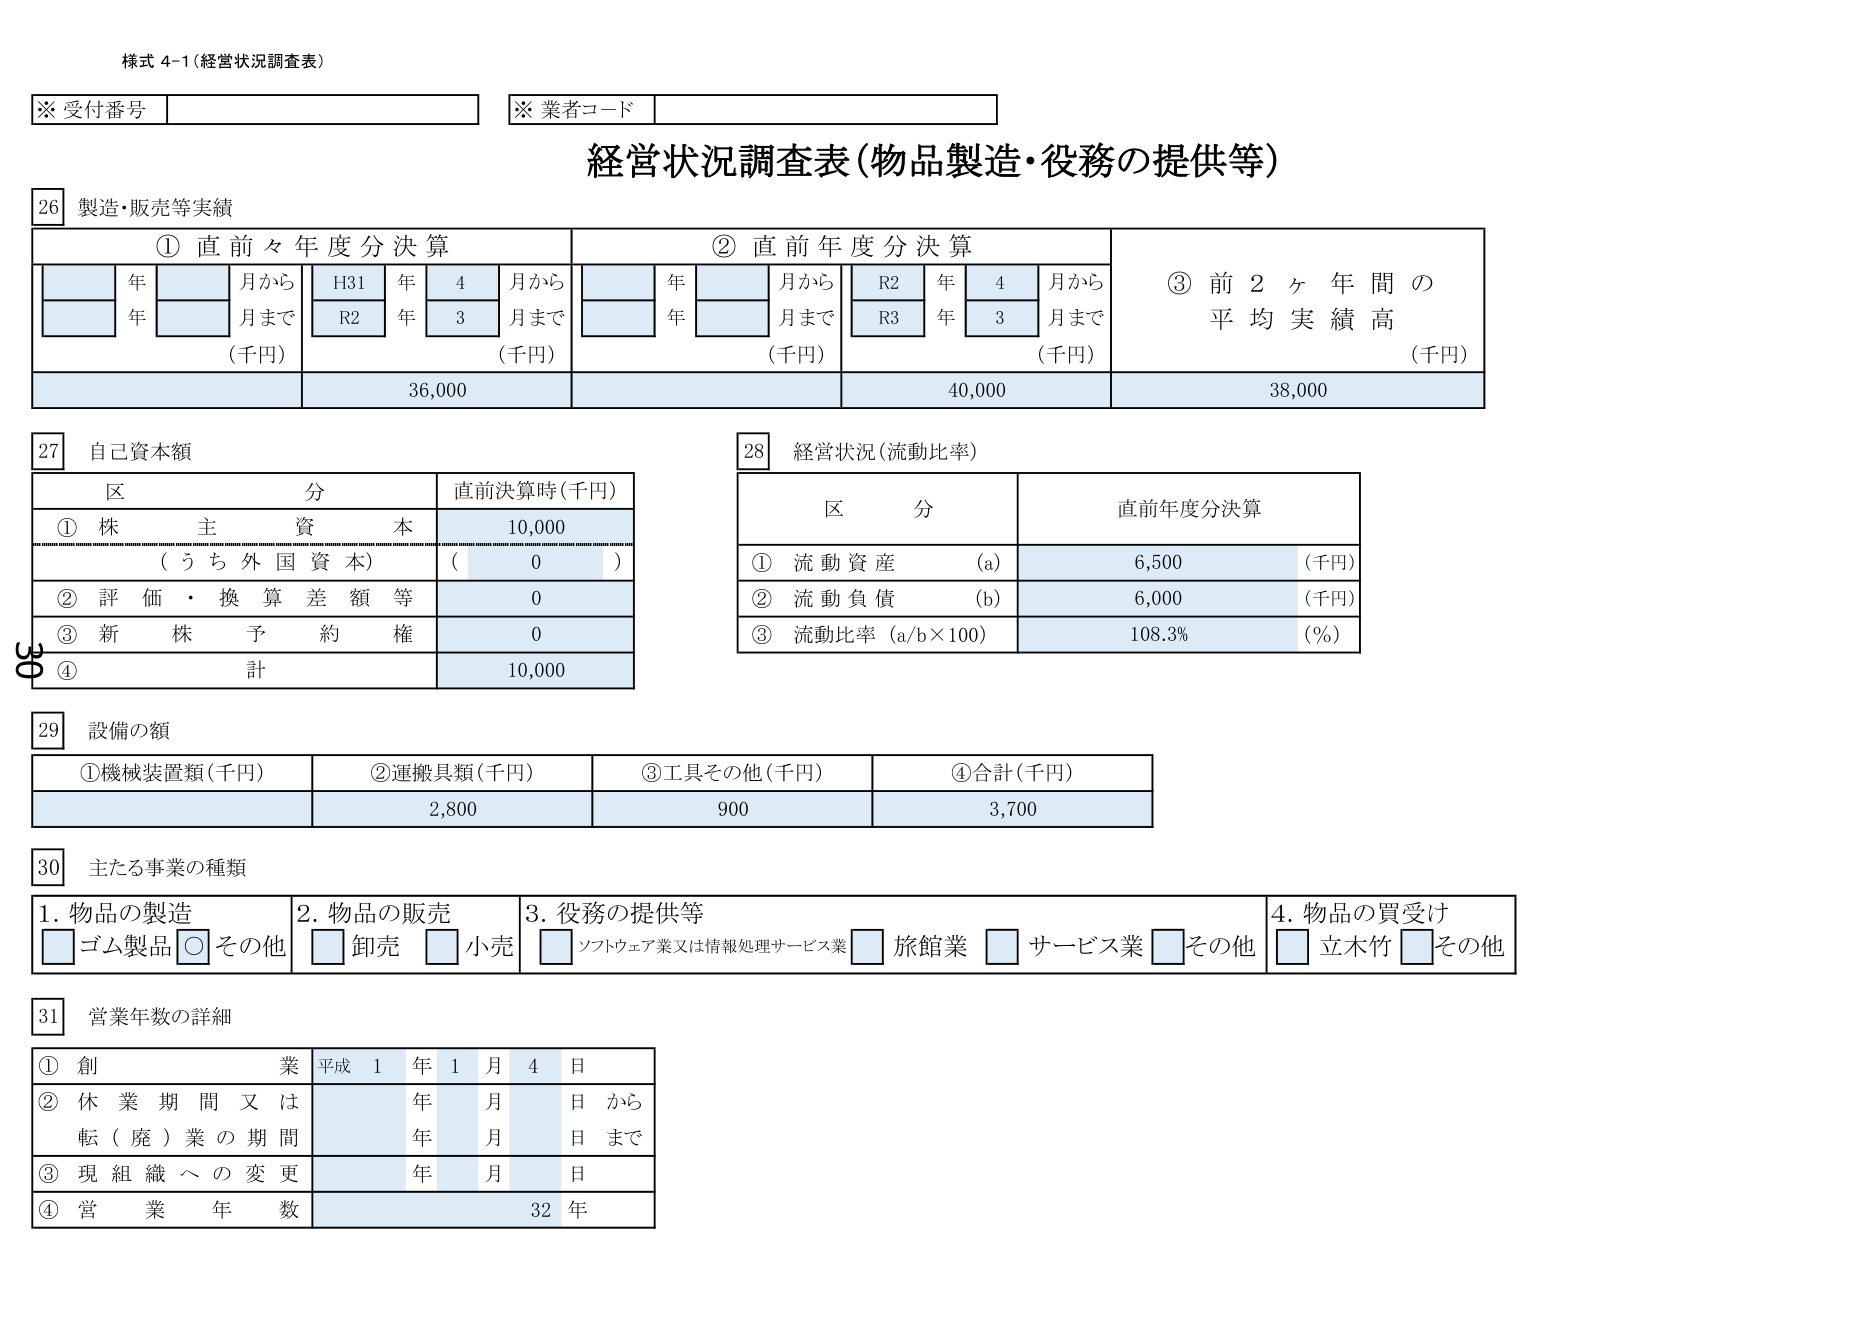
様式 4-1（経営状況調査表）

※ 受付番号
※ 業者コード

経営状況調査表（物品製造・役務の提供等）

26 製造・販売等実績

① 直前々年度分決算
年 月から H31 年 4 月から
年 月まで R2 年 3 月まで
（千円） 36,000

② 直前年度分決算
年 月から R2 年 4 月から
年 月まで R3 年 3 月まで
（千円） 40,000

③ 前2ヶ年間の平均実績高
（千円） 38,000

27 自己資本額

区分 直前決算時（千円）
① 株主資本 10,000
（うち外国資本） （ 0 ）
② 評価・換算差額等 0
③ 新株予約権 0
④ 計 10,000

28 経営状況（流動比率）

区分 直前年度分決算
① 流動資産 （a） 6,500 （千円）
② 流動負債 （b） 6,000 （千円）
③ 流動比率（a/b×100） 108.3% （%）

29 設備の額

① 機械装置類（千円） ② 運搬具類（千円） ③ 工具その他（千円） ④ 合計（千円）
2,800 900 3,700

30 主たる事業の種類

1. 物品の製造 □ ゴム製品 ○ その他
2. 物品の販売 □ 卸売 □ 小売
3. 役務の提供等 □ ソフトウェア業又は情報処理サービス業 □ 旅館業 □ サービス業 □ その他
4. 物品の買受け □ 立木竹 □ その他

31 営業年数の詳細

① 創業 平成 1 年 1 月 4 日
② 休業期間又は転（廃）業の期間 年 月 日 から 年 月 日 まで
③ 現組織への変更 年 月 日
④ 営業年数 32 年